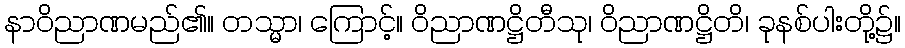
နာဝိညာဏမည်၏။ တသ္မာ၊ ကြောင့်။ ဝိညာဏဋ္ဌိတီသု၊ ဝိညာဏဋ္ဌိတိ၊ ခုနစ်ပါးတို့၌။